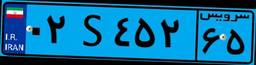
۰۲S۴۵۲۶۵